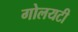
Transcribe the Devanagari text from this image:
गोलयटी